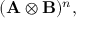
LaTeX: ( \mathbf { A } \otimes \mathbf { B } ) ^ { n } ,